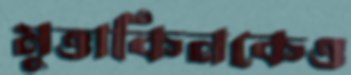
মুত্তাকিনকেও